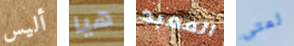
أليس هيا المعبد لمتى